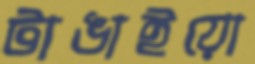
টাঙাইয়ো